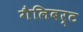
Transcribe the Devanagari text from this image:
गैलिबर्ट